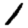
Digit: 1